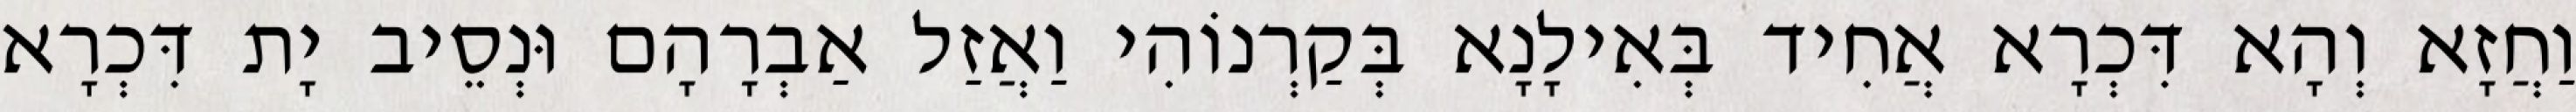
וַחֲזָא וְהָא דִּכְרָא אֲחִיד בְּאִילָנָא בְּקַרְנוֹהִי וַאֲזַל אַבְרָהָם וּנְסֵיב יָת דִּכְרָא